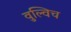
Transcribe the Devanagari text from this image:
वुल्विच